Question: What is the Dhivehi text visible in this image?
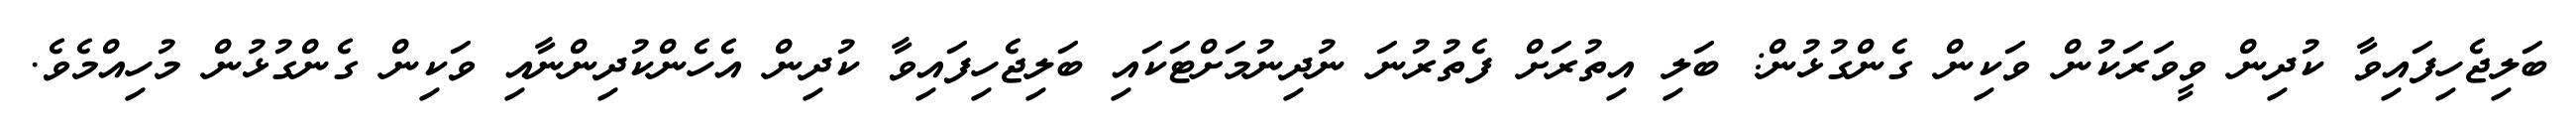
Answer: ބަލިޖެހިފައިވާ ކުދިން ވީވަރަކުން ވަކިން ގެންގުޅުން: ބަލި އިތުރަށް ފެތުރުނަ ނުދިނުމަށްޓަކައި ބަލިޖެހިފައިވާ ކުދިން އެހެންކުދިންނާއި ވަކިން ގެންގުޅުން މުހިއްމެވެ.